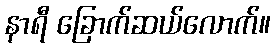
နာရီ ခြောက်ဆယ်လောက်။